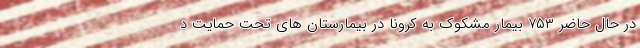
در حال حاضر ۷۵۳ بیمار مشکوک به کرونا در بیمارستان های تحت حمایت د